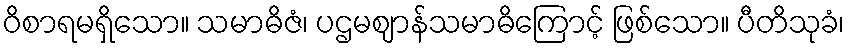
ဝိစာရမရှိသော။ သမာဓိဇံ၊ ပဌမဈာန်သမာဓိကြောင့် ဖြစ်သော။ ပီတိသုခံ၊